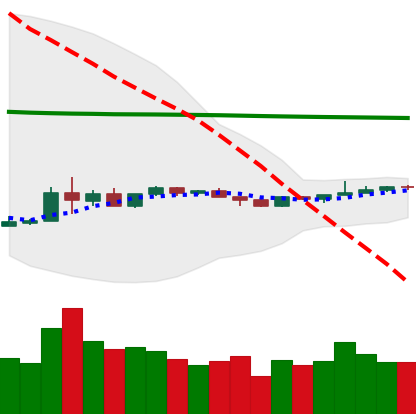
Ticker: EOS-USD
Chart end date: 2020-04-05
Forward return: 5.738%
Label: up_5_7